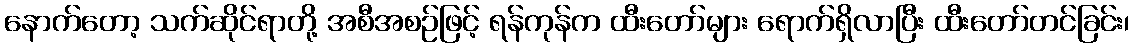
နောက်တော့ သက်ဆိုင်ရာတို့ အစီအစဉ်ဖြင့် ရန်ကုန်က ထီးတော်များ ရောက်ရှိလာပြီး ထီးတော်တင်ခြင်း၊